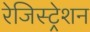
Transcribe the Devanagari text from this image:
रेजिस्ट्रेशन